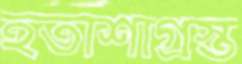
হতাশাগ্রস্ত